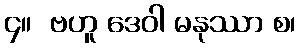
၄။  ဗဟူ ဒေဝါ မနုဿာ စ၊